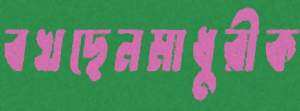
বখছেনমাধুরীক